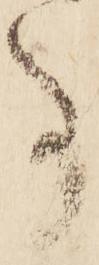
事